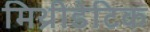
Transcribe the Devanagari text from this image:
मिथ्रीडेटिक